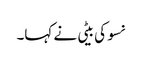
نسو کی بیٹی نے کہا۔